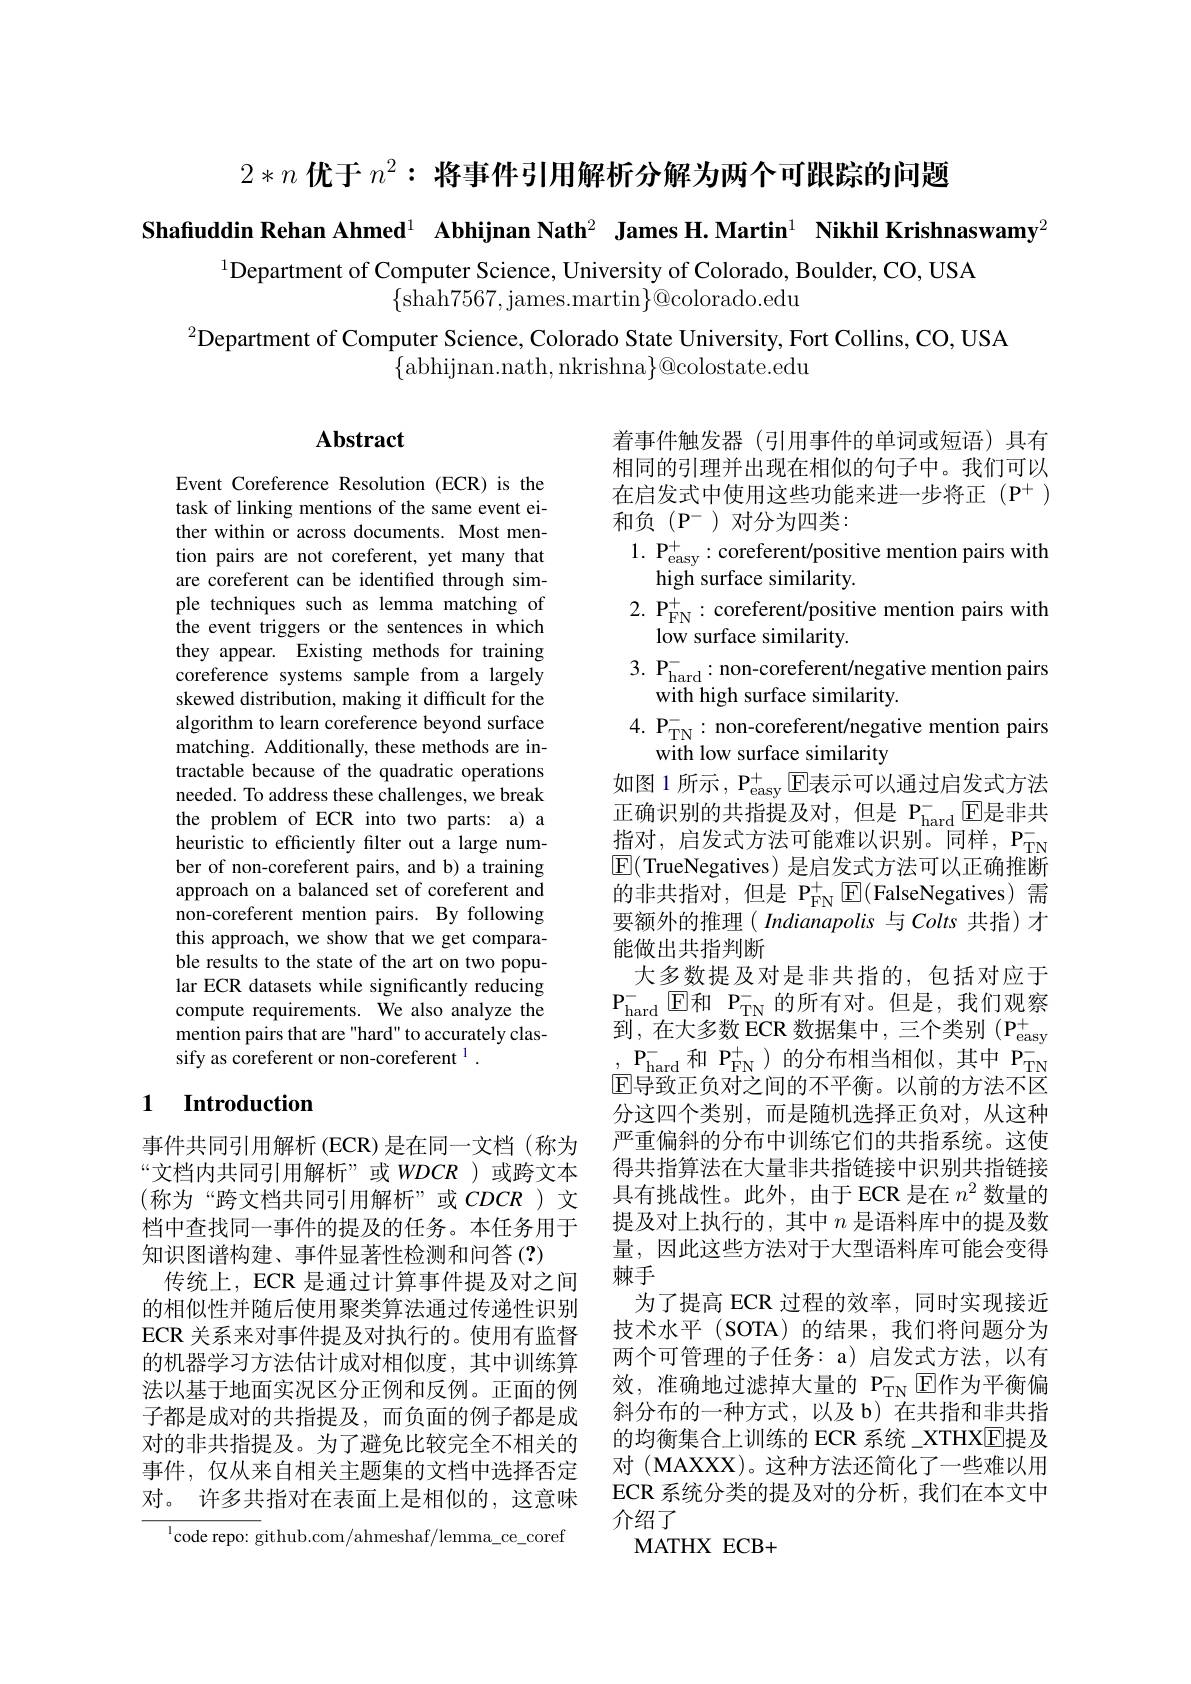
$2* n\textbf{ 优 于 }n^2: \textbf{ 将 事 件 引 用 解 析 分 解 为 两 个 可 跟 踪 的 问 题 }$

Shafuddin Rehan Ahmed$^1$ Abhijnan Nath$^2$ James H.Martin$^1\textbf{ Nikhil Krishnaswamy}^{2}$

$^{1}$Department of Computer Science, University of Colorado, Boulder, CO, USA
$\{$shah7567,james.martin$\}@$colorado.edu

$^{2}$Department of Computer Science, Colorado State University, Fort Collins, CO, USA
$\{$abhijnan.nath, nkrishna$\}@$colostate.edu

## $\mathbf{Abstract}$

Event Coreference Resolution (ECR) is the task of linking mentions of the same event either within or across documents. Most mention pairs are not coreferent, yet many that are coreferent can be identified through simple techniques such as lemma matching of the event triggers or the sentences in which they appear. Existing methods for training coreference systems sample from a largely skewed distribution, making it difficult for the algorithm to learn coreference beyond surface matching. Additionally, these methods are intractable because of the quadratic operations needed. To address these challenges, we break the problem of ECR into two parts: a) a heuristic to efficiently filter out a large number of non-coreferent pairs, and b) a training approach on a balanced set of coreferent and non-coreferent mention pairs. By following this approach, we show that we get comparable results to the state of the art on two popular ECR datasets while significantly reducing compute requirements. We also analyze the mention pairs that are "hard" to accurately classify as coreferent or non-coreferent $^1.$

着事件触发器(引用事件的单词或短语)具有相同的引理并出现在相似的句子中。我们可以$在启发式中使用这些功能来进一步将正(P^+)$ $和负(P^-)对分为四类：$
$1.\textbf{ P}_{\mathrm{easy}}^+:$coreferent/positive mention pairs with
high surface similarity.
$\begin{array}{ll}{2.~\mathrm{P_{FN}^{+}:~coreferent/positive~mention~pairs~with}}\\{\mathrm{low~surface~similarity.}}\end{array}$ 3. P$_\mathrm{hard}^-:$non-coreferent/negative mention pairs
with high surface similarity.
4. $P_{TN}^{- }$: non- coreferent/ negative mention pairs
with low surface similarity
如图 1 所示，$P_{easy}^+$ E表示可以通过启发式方法正确识别的共指提及对，但是$P_hard^{- }$E是非共$\text{指对，启发式方法可能难以识别。同样，P}_{\mathrm{TN}}^{-}$ $\text{指对，启发式方法可能难以识别。同样，P}_{\mathrm{TN}}^{-}$ 可 ( T) $\boxed{\mathrm{E}}($TrueNegatives)是启发式方法可以正确推断的非共指对，但是$\mathrm{P}_{\mathrm{FN}}^+$ E(FalseNegatives)需要额外的推理( Indianapolis 与 Colts 共指)才能做出共指判断
大多数提及对是非共指的，包括对应于$\begin{array}{c}{\mathrm{P_{hard}^{-}~\boxed{E}和~P_{TN}^{-}~的所有对。但是，我们观察}}\\{\mathrm{zll}}\\{\mathrm{zl}}\end{array}$ 到，在大多数ECR数据集中，三个类别(P_{$\mathrm{easy} ^{+})$ $,\mathbf{P}_{\mathrm{hard}}^{-}$和$\mathbf{P}_{\mathrm{FN}}^{+}$)的分布相当相似，其中$\mathbf{P}_{\mathrm{TN}}^{-}$ $\overline{\mathrm{E}}$导致正负对之间的不平衡。以前的方法不区分这四个类别，而是随机选择正负对，从这种严重偏斜的分布中训练它们的共指系统。这使得共指算法在大量非共指链接中识别共指链接
(称为“跨文档共同引用解析”或$CDCR$ )文 具有挑战性。此外，由于 ECR 是在$n^2$数量的
提及对上执行的，其中$n$是语料库中的提及数量，因此这些方法对于大型语料库可能会变得棘手
为了提高 ECR 过程的效率，同时实现接近技术水平 (SOTA)的结果，我们将问题分为两个可管理的子任务：a) 启发式方法，以有效，准确地过滤掉大量的 P$_\mathrm{TN}^-$回作为平衡偏斜分布的一种方式，以及 b)在共指和非共指的均衡集合上训练的 ECR 系统\_XTHX[E]提及对 (MAXXX)。这种方法还简化了一些难以用ECR 系统分类的提及对的分析，我们在本文中介绍了
MATHX ECB+

### 1 $\textbf{Introduction}$

事件共同引用解析 (ECR)是在同一文档(称为“文档内共同引用解析”或$WDCR$ )或跨文本档中查找同一事件的提及的任务。本任务用于知识图谱构建、事件显著性检测和问答(?)
传统上，ECR 是通过计算事件提及对之间的相似性并随后使用聚类算法通过传递性识别ECR 关系来对事件提及对执行的。使用有监督的机器学习方法估计成对相似度，其中训练算法以基于地面实况区分正例和反例。正面的例子都是成对的共指提及，而负面的例子都是成对的非共指提及。为了避免比较完全不相关的事件，仅从来自相关主题集的文档中选择否定对。许多共指对在表面上是相似的，这意味

$^{1}$code repo: github.com/ahmeshaf/lemma\_ce\_coref